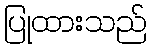
ပြုထားသည်